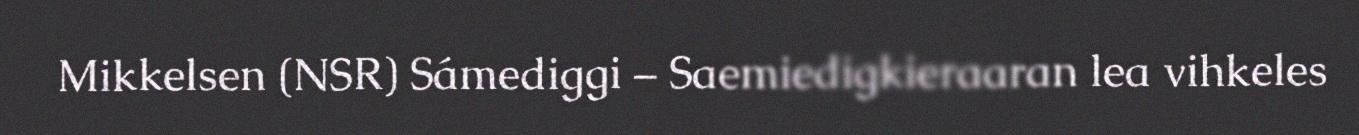
Mikkelsen (NSR) Sámediggi – Saemiedigkieraaran lea vihkeles